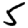
Digit: 5